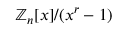
\mathbb { Z } _ { n } [ x ] / ( x ^ { r } - 1 )